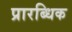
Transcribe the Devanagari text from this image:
प्रारब्धिक